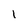
Character: 1